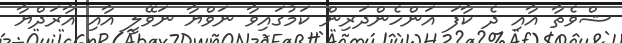
ޝްވެތާ އާއި ދެ ކާފަ އަންހެންދަރިން ކަމުގައިވާ ނަވްޔާ ނަވޭލީ އާއި އާރަދްޔާ